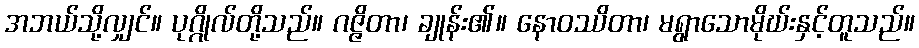
အဘယ်သို့လျှင်။ ပုဂ္ဂိုလ်တို့သည်။ ဂဇ္ဇိတာ၊ ချုန်း၏။ နောဝဿိတာ၊ မရွာသောမိုဃ်းနှင့်တူသည်။